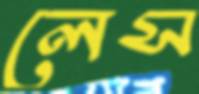
লেস